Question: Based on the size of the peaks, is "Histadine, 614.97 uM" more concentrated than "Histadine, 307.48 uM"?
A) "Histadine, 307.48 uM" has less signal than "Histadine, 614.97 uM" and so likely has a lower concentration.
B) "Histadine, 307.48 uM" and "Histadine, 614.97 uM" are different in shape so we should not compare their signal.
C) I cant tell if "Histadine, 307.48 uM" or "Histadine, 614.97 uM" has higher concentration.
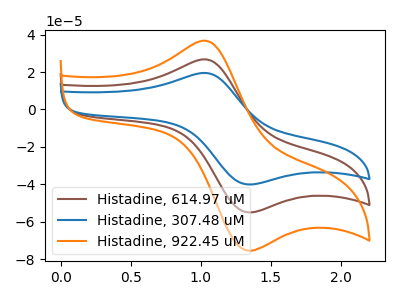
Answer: <think>The brown curve "Histadine, 614.97 uM" has an anodic peak at (1.00V, 26.80uA) and a cathodic peak at (1.30V, -54.65uA). The blue curve "Histadine, 307.48 uM" has an anodic peak at (1.00V, 19.50uA) and a cathodic peak at (1.30V, -39.80uA). The orange curve "Histadine, 922.45 uM" has an anodic peak at (1.00V, 53.55uA) and a cathodic peak at (1.30V, -109.25uA).
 All the peaks in "Histadine, 307.48 uM" have a peak in "Histadine, 614.97 uM" at the same potential. Every peak in "Histadine, 307.48 uM" is lower than every peak in "Histadine, 614.97 uM".</think>
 <answer>A) "Histadine, 307.48 uM" has less signal than "Histadine, 614.97 uM" and so likely has a lower concentration.</answer>
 <eval>A</eval>